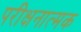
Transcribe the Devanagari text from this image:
परीक्षनात्मक